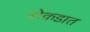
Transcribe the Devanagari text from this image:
बोकडात